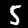
Label: 5